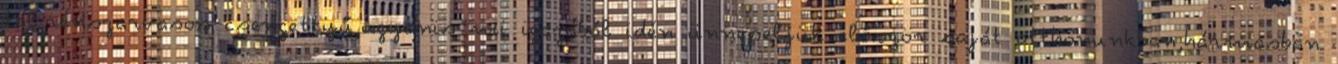
tál,rénszarvasos csengettyű,ugyanis mi igazából idén ünnepeljük először saját otthonunkban,hármasban